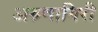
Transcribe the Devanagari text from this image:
अरुणागिरी